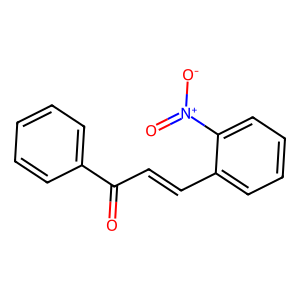
SMILES: O=C(C=Cc1ccccc1[N+](=O)[O-])c1ccccc1
Inhibits HIV replication: No